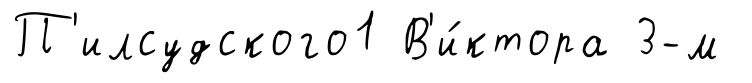
П'илсудского1 В'и́ктора 3-м